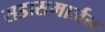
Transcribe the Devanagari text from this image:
सडासमार्जन